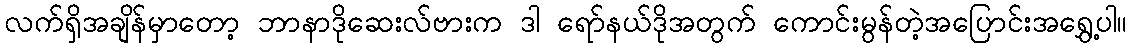
လက်ရှိအချိန်မှာတော့ ဘာနာဒိုဆေးလ်ဗားက ဒါ ရော်နယ်ဒိုအတွက် ကောင်းမွန်တဲ့အပြောင်းအရွှေ့ပါ။